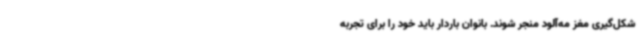
شکل‌گیری مغز مه‌آلود منجر شوند. بانوان باردار باید خود را برای تجربه